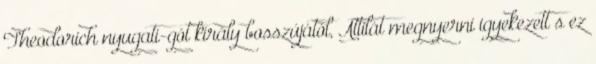
Theodorich nyugati-gót király bosszújától, Attilát megnyerni igyekezett s ez